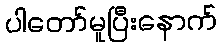
ပါတော်မူပြီးနောက်